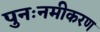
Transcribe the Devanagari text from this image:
पुनःनमीकरण